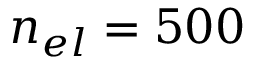
n _ { e l } = 5 0 0